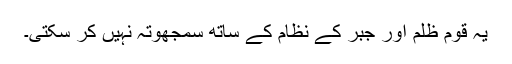
یہ قوم ظلم اور جبر کے نظام کے ساتھ سمجھوتہ نہیں کر سکتی۔